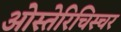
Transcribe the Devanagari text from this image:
ओस्तेरिचिस्चर